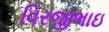
વિરજીભાઇ